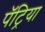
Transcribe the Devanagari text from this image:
पॅट्रिया